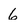
Character: 6